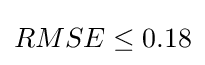
{\textstyle RMSE\leq 0.18}